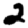
Digit: 2